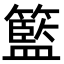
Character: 籃